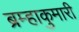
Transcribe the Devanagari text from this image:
ब्रम्हाकुमारी